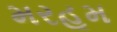
મરહૂમ